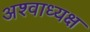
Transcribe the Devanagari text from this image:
अश्वाध्यक्ष